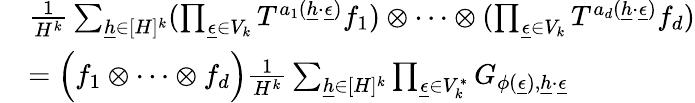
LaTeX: \begin{array}{rl}&{\frac{1}{H^{k}}\sum_{\underline{{h}}\in[H]^{k}}(\prod_{\underline{{\epsilon}}\in V_{k}}T^{a_{1}(\underline{{h}}\cdot\underline{{\epsilon}})}f_{1})\otimes\cdots\otimes(\prod_{\underline{{\epsilon}}\in V_{k}}T^{a_{d}(\underline{{h}}\cdot\underline{{\epsilon}})}f_{d})}\\ &{=\Big(f_{1}\otimes\cdots\otimes f_{d}\Big)\frac{1}{H^{k}}\sum_{\underline{{h}}\in[H]^{k}}\prod_{\underline{{\epsilon}}\in V_{k}^{*}}G_{\phi(\underline{{\epsilon}}),\underline{{h}}\cdot\underline{{\epsilon}}}}\end{array}